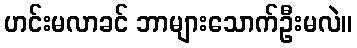
ဟင်းမလာခင် ဘာများသောက်ဦးမလဲ။